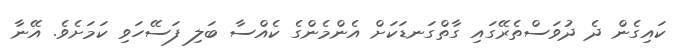
ކައިގެން ދެ ދުވަސްތެރޭގައި ގާތްގަނޑަކަށް އެންމެންގެ ކެއްސާ ބަލި ފަސޭހަވި ކަމަށެވެ. އޭނާ